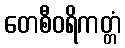
တေစီဝရိကတ္တံ